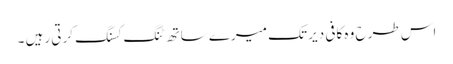
اس طرح وہ کافی دیر تک میرے ساتھ ٹنگ کسنگ کرتی رہیں ۔